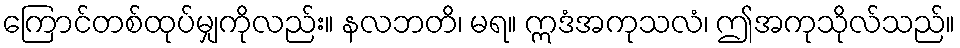
ကြောင်တစ်ထုပ်မျှကိုလည်း။ နလဘတိ၊ မရ။ ဣဒံအကုသလံ၊ ဤအကုသိုလ်သည်။